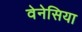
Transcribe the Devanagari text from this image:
वेनेसिया